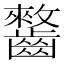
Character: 𱌥